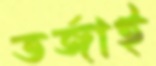
তর্জাই